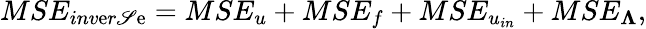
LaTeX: MSE_{inv\mathrm{e}r\mathscr{S}\mathrm{e}}=MSE_{u}+MSE_{f}+MSE_{u_{in}}+MSE_{\boldsymbol{\Lambda}},